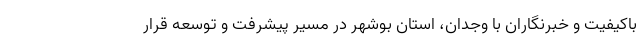
باکیفیت و خبرنگاران با وجدان، استان بوشهر در مسیر پیشرفت و توسعه قرار